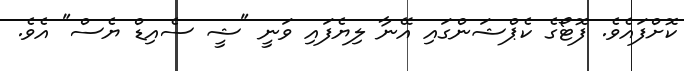
ކޮށްފައެވެ. ފޮޓޯގެ ކެޕްޝަންގައި އޭނާ ލިޔެފައި ވަނީ "ޝީ ސެއިޑް ޔެސް" އެވެ.